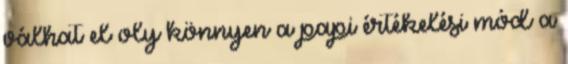
válhat el oly könnyen a papi értékelési mód a